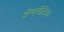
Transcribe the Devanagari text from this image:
अॅथलेटिक